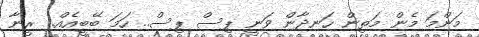
މަންމަ މެން މަތިން ހަނދާން ވަނީ ޕިސް ޕިސް.. ހަމަ ބޭބީއެއް.. ރީނާ